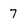
Character: 7